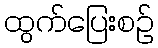
ထွက်ပြေးစဉ်